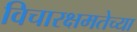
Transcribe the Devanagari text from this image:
विचारक्षमतेच्या